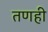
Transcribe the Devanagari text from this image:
तणही